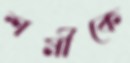
শর্মীকে